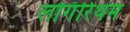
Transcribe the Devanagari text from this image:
लोगॅरिथम